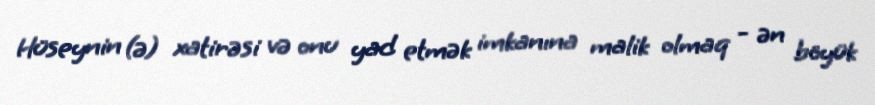
Hüseynin (ə) xatirəsi və onu yad etmək imkanına malik olmaq - ən böyük